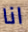
انا